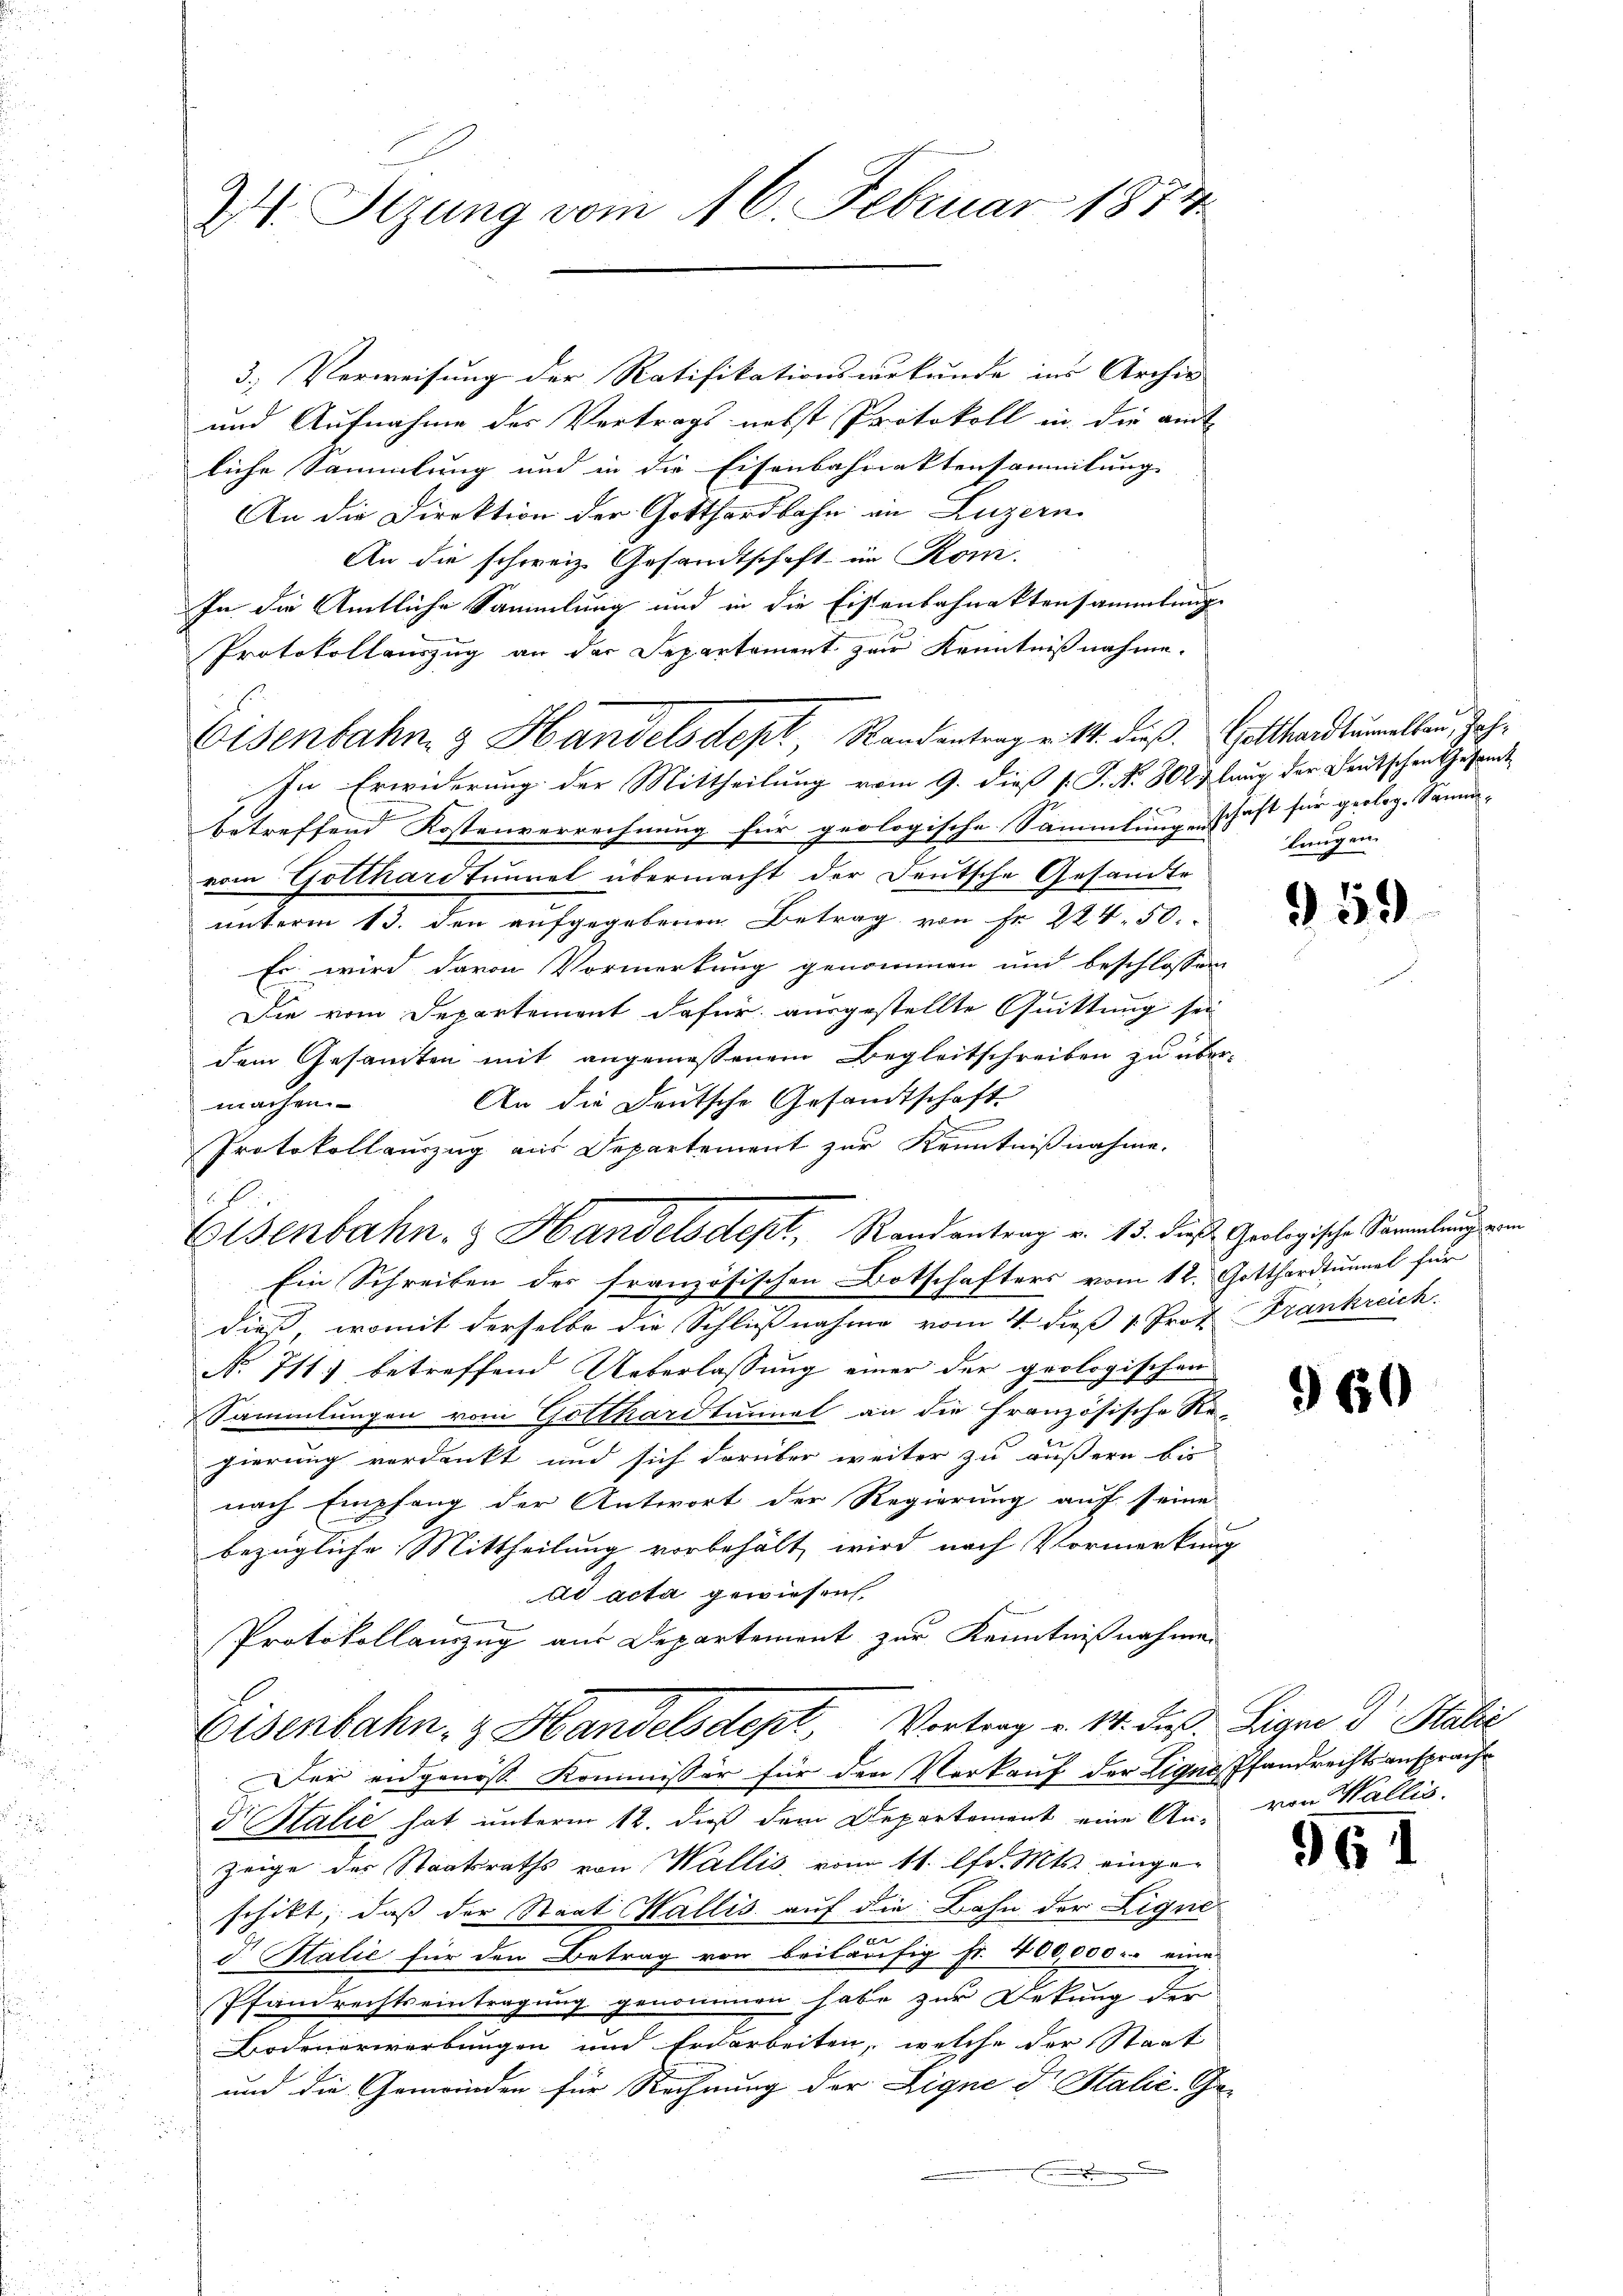
W. Stzung vom 16. Februar 1874

3.) Verweisung der Ratifikationsurkunde ins Archiv
u
und Aufnahme des Vertrags nebst Protokoll in die amt
liche Sammlung und in die Eisenbahnaktensammlung
An die Direktion der Gotthardbahn in Luzern.
An die schweiz. Gesandtschaft im Kom-
In die Amtliche Sammlung und in die Eisenbahnaktensammlung
Protokollauszug an der Departement zur Kenntnißnahme.
In Erwiderung der Mittheilung vom 9. dieß P. Nr. 802 & lang der Deutschen Gesamt
f
betreffend Kostenverrechnung für geologische Sammlung einschaft für geolog. Samm-
vom Gotthardtunnel übermacht der Deutsche Gesandte
unterm 13. den aufgegebenen Betrag von Fr. 224. 50.
Es wird davon Vormerkung genommen und beschlossen
Die vom Departement dafür ausgestellte Quittung sei
dem Gesamten mit angemeßenem Begleitschreiben zu über¬
An die Deutsche Gesandtschaft
machen.
Protokollauszug aus Departement zur Kenntnißnahme.
Ein Schreiben des französischen Botschafters vom 12. Gotthardtunal für
dieß, womit derselbe die Schließnahme vom 4. dieß 1. Prof. Frankreich
No 711) betreffend Ueberlassung einer der geologischen
Sammlungen vom Gotthardtunnel an die Französische Re-
gierung verdankt und sich darüber weiter zu äußern bis
nach Empfang der Antwort der Regierung auf seine
bezügliche Mittheilung vorbehält wird nach Vormerkung
ad acta gewiesen.
Protokollauszug aus Departement zur Kenntnißnahmen
Eisenbahn- & Handelsdept, Vortrag v. 14. Fuß. Signe dr Stalie
Der eidgenoss Kommissär für den Verkauf der Liger Pfandrechtsansprache
d Kalić hat unterm 12. dieß dem Departement eine An- von Wallis,
zeige der Staatsraths von Wallis vom 11. lfd. Mts. eingeschikt, daß der Staat Wallis auf die Bahn der Liqui-
d Italie für den Betrag von beiläufig Fr. 400,000.- eine
Pfandrechtseintragung genommen habe zur Dekung der
Bodenerwerbungen und Erdarbeiten, welche der Staat
und die Gemeinden für Rechnung der Eigne d. Stalić. Ge¬
.

Eisenbahn & Handelsdept, Randantrag v. M. dieß. Gotthardtuellen, Jah¬

Eisenbahn. & Handelsdept, Randantrag v. 15. dies Geologische Sammlung vom

langen.

959

960

96